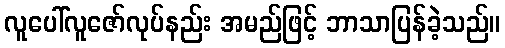
လူပေါ်လူဇော်လုပ်နည်း အမည်ဖြင့် ဘာသာပြန်ခဲ့သည်။